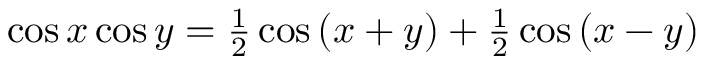
\cos x \cos y = { \textstyle { \frac { 1 } { 2 } } } \cos \, ( x + y ) + { \textstyle { \frac { 1 } { 2 } } } \cos \, ( x - y )